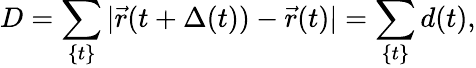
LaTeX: D=\sum_{\{ t\} }|\vec{r}(t+\Delta(t))-\vec{r}(t)|=\sum_{\{ t\} }d(t),